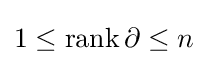
1\leq \operatorname {rank} \partial \leq n